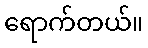
ရောက်တယ်။